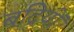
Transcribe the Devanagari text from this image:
बद्रियों